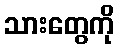
သားတွေကို